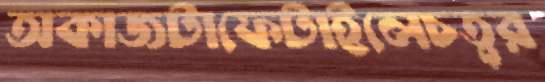
অকাজটাফেটাইলেচতুর